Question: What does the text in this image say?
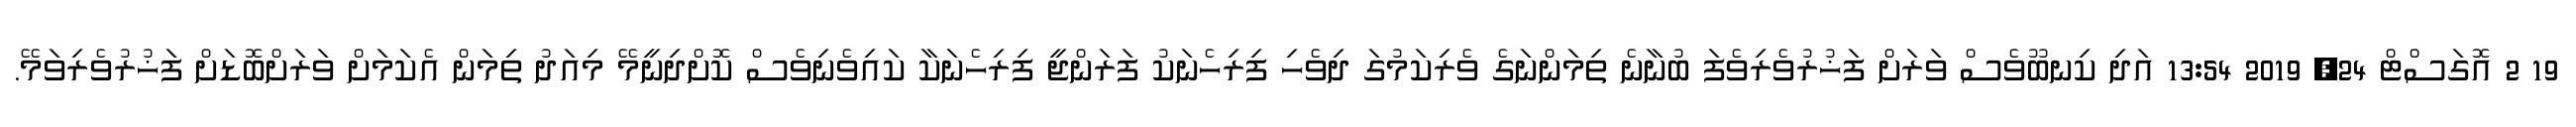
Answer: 19 2 އޮގަސްޓް 24, 2019 13:54 އަދި ކިނބޫވެސް ވަރަށް ފަޚުރުވެރިވެފަ ބުނާނެ ތިމަންނަގެ ވެރިކަމުގަ ދިވެހި ފިރިހެނަކު ފަރަންޖީ ފިރިހެނަކާ ކައިވެނިވެސް ކޮށްދިނީމޭ މިއަދު ތިމަން އެކަމަށް ވަރަށްބޮޑަށް ފަޚުރުވެރިވަމޭ.